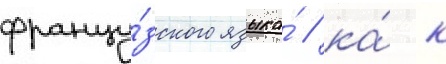
францу́зского языка́ / ка́к